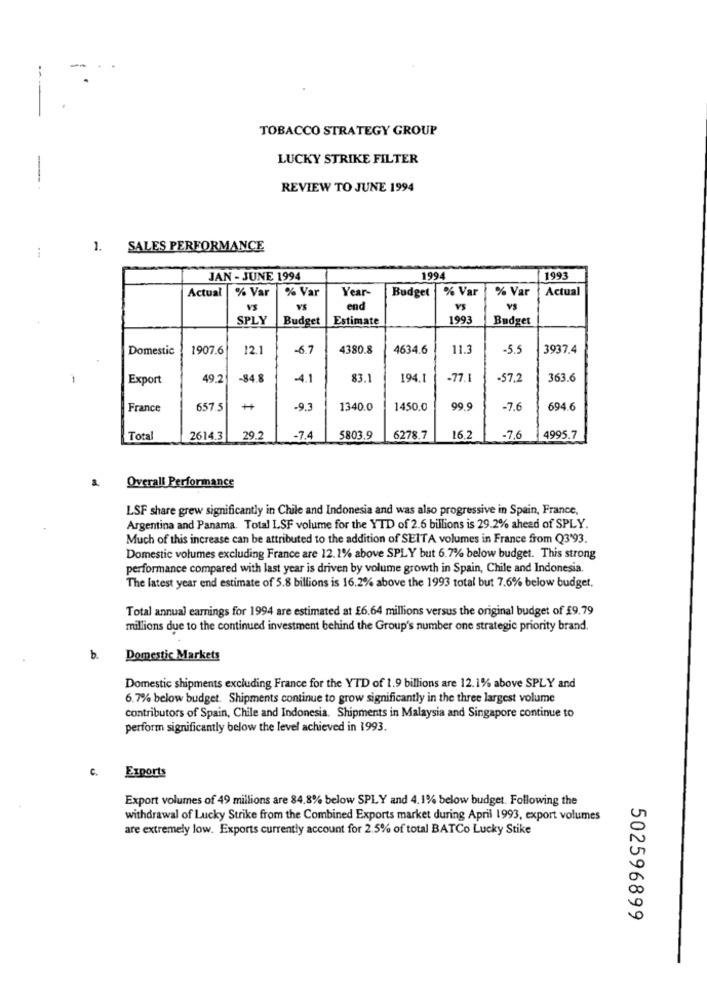
-
--
TOBACCO STRATEGY GROUP
LUCKY STRIKE FILTER
-.
REVIEW TO JUNE 1994
SALES PERFORMANCE
JAN - JUNE 1994
1994
1993
Actual
% Var
% Var
Year-
% Var
% Var
Actual
Budget
VS
VS
end
SPLY
Budget
Estimate
1993
Budget
Domestic
1907.6
12.1
-6.7
4380.8
4634.6
11.3
-5.5
3937.4
Export
49.2
-84.8
4.1
83.1
194.1
-77.1
-57.2
363.6
France
657.5
-9.3
1340.0
1450.0
99.
-7.6
694.6
Total
2614.3
29.2
-7.4
5803.9
6278.7
16,2
-7,6
4995.7
Overall Performance
LSF share grew significantly in Chile and Indonesia and was also progressive in Spain, France,
Argentina and Panama. Total LSF volume for the YTD of 2.6 billions is 29.2% ahead of SPLY.
Much of this increase can be attributed to the addition of SEITA volumes in France from Q3'93.
Domestic volumes excluding France are 12.2% above SPLY but 6.7% below budget. This strong
performance compared with last year is driven by volume growth in Spain, Chile and Indonesia.
The latest year end estimate of 5.8 billions is 16.2% above the 1993 total but 7.6% below budget.
Total annual earnings for 1994 are estimated at £6,64 millions versus the original budget of £9.79
millions due to the continued investment behind the Group's number one strategic priority brand.
b.
Domestic Markets
Domestic shipments excluding France for the YTD of 1.9 billions are 12.1% above SPLY and
6.7% below budget. Shipments continue to grow significantly in the three largest volume
contributors of Spain, Chile and Indonesia. Shipments in Malaysia and Singapore continue to
perform significantly below the level achieved in 1993.
c.
Exports
Export volumes of 49 millions are 84.8% below SPLY and 4.1% below budget. Following the
withdrawal of Lucky Strike from the Combined Exports market during April 1993, export volumes
are extremely low. Exports currently account for 2.5% of total BATCo Lucky Stike
502596899